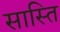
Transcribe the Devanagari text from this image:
सास्ति